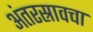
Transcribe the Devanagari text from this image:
अंतरस्रावचा